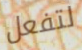
لتفعل